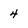
Character: 4